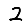
Digit: 2